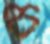
চ